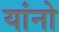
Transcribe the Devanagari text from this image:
यांनो